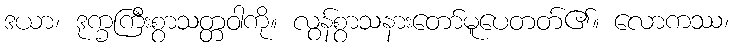
ဒယာ၊ ဒုက္ခကြီးစွာသတ္တဝါကို။ လွန်စွာသနားတော်မူပေတတ်၏။ လောကဿ၊